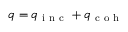
q = q _ { \mathrm { ~ i ~ n ~ c ~ } } + q _ { \mathrm { ~ c ~ o ~ h ~ } }